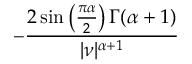
- { \frac { 2 \sin \left( { \frac { \pi \alpha } { 2 } } \right) \Gamma ( \alpha + 1 ) } { | \nu | ^ { \alpha + 1 } } }